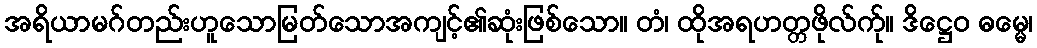
အရိယာမဂ်တည်းဟူသောမြတ်သောအကျင့်၏ဆုံးဖြစ်သော။ တံ၊ ထိုအရဟတ္တဖိုလ်က်ု။ ဒိဋ္ဌေဝ ဓမ္မေ၊